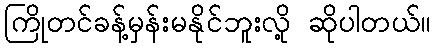
ကြိုတင်ခန့်မှန်းမနိုင်ဘူးလို့ ဆိုပါတယ်။